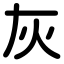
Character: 灰